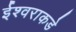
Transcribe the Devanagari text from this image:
ईश्‍वराकडे